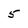
Character: 5